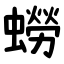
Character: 蟧